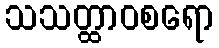
သသတ္ထာဝစရော